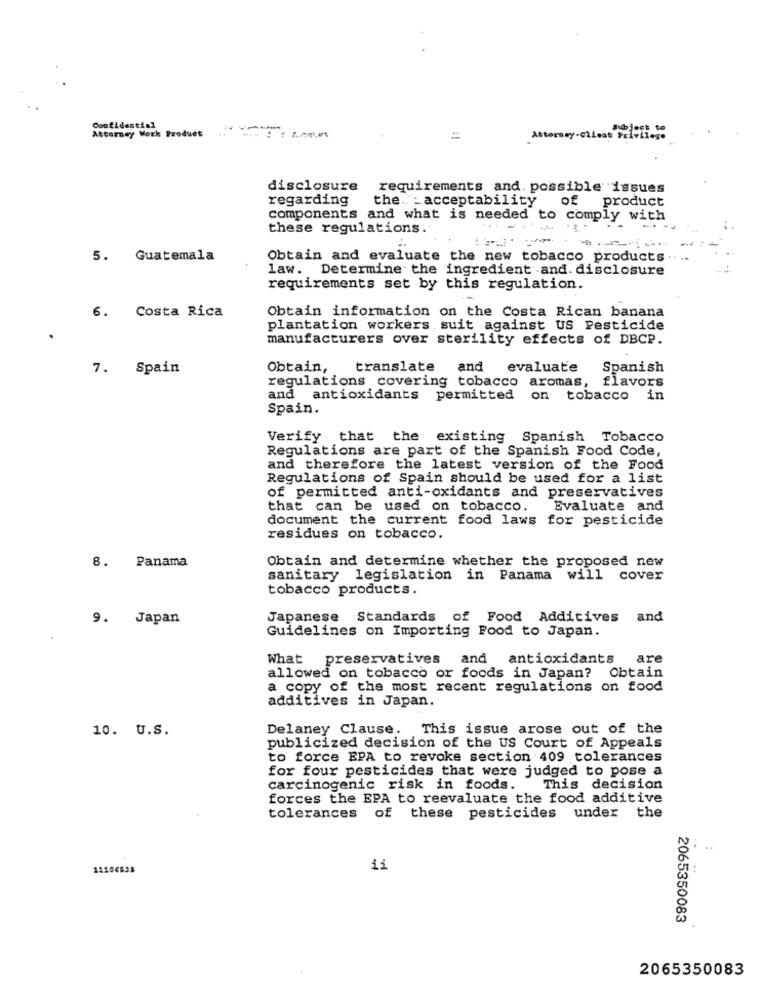
Confidential
Attorney Work Product
=
Attorney-client Privilege
disclosure
requirements and. possible issues
regarding
the. - acceptability
of product
components and what is needed to comply with
these regulations.
5. Guatemala
Obtain and evaluate the new tobacco products.
. ..
law. Determine the ingredient and disclosure
requirements set by this regulation.
6. Costa Rica
Obtain information on the Costa Rican banana
plantation workers suit against US Pesticide
manufacturers over sterility effects of DBCP.
7. Spain
Obtain,
translate and
evaluate
Spanish
regulations covering tobacco aromas, flavors
and
antioxidants permitted on tobacco in
Spain.
Verify that the existing Spanish Tobacco
Regulations are part of the Spanish Food Code,
and therefore the latest version of the Food
Regulations of Spain should be used for a list
of permitted anti-oxidants and preservatives
that can be used on tobacco.
Evaluate and
document the current food laws for pesticide
residues on tobacco.
Obtain and determine whether the proposed new
8. Panama
sanitary legislation in Panama will cover
tobacco products
9. Japan
Japanese Standards of Food Additives and
Guidelines on Importing Food to Japan.
What preservatives and antioxidants
are
allowed on tobacco or foods in Japan? Obtain
a copy of the most recent regulations on food
additives in Japan.
10. U.S.
Delaney Clause. This issue arose out of the
publicized decision of the US Court of Appeals
to force EPA to revoke section 409 tolerances
for four pesticides that were judged to pose a
carcinogenic risk in foods.
This decision
forces the EPA to reevaluate the food additive
tolerances of these pesticides under the
11
2065350083
2065350083